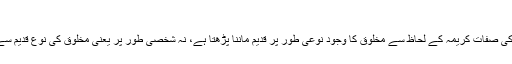
مزید تفصیل)
پس خدا تعالی کی صفات کریمہ کے لحاظ سے مخلوق کا وجود نوعی طور پر قدیم ماننا پڑھتا ہے، نہ شخصی طور پر یعنی مخلوق کی نوع قدیم سے چلی آتی ہے۔